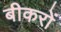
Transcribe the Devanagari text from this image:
बीकरों